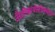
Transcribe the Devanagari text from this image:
अँटीबायोटीक्सचा